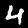
Digit: 4